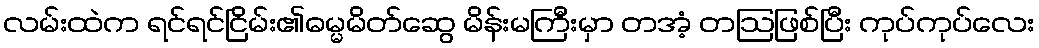
လမ်းထဲက ရင်ရင်ငြိမ်း၏ဓမ္မမိတ်ဆွေ မိန်းမကြီးမှာ တအံ့ တဩဖြစ်ပြီး ကုပ်ကုပ်လေး